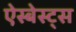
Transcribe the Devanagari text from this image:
ऐस्बेस्ट्स